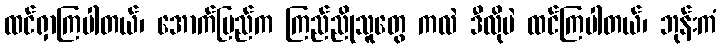
ထင်ရှာကြပါတယ်၊ အောက်ပြည်က ကြည်ညိုသူတွေ ကလဲ ဒီလိုပဲ ထင်ကြပါတယ်၊ ဘုန်းကံ